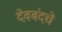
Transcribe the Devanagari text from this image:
देवबंदचे